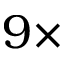
9 \times